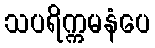
သပရိက္ကမနံပေ